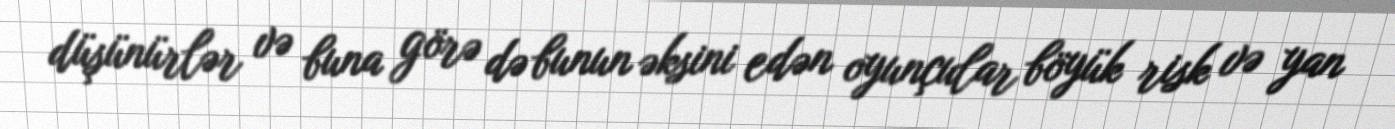
düşünürlər və buna görə də bunun əksini edən oyunçular böyük risk və yan